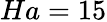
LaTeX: Ha=15